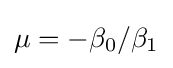
\mu =-\beta _{0}/\beta _{1}